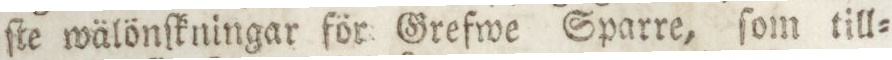
ſte wälönſkningar för Grefwe Sparre, ſom till=